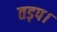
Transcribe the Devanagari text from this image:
तड़प।